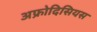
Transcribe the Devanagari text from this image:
अफ्रोदिसियस